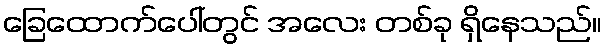
ခြေထောက်ပေါ်တွင် အလေး တစ်ခု ရှိနေသည်။